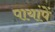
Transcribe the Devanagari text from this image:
पायांपें